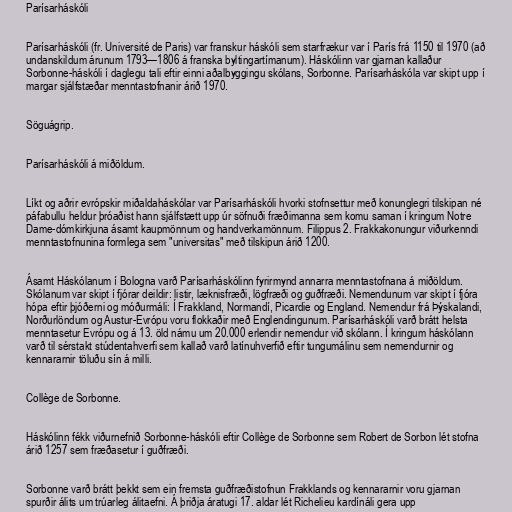
Parísarháskóli

Parísarháskóli (fr. Université de Paris) var franskur háskóli sem starfrækur var í París frá 1150 til 1970 (að
undanskildum árunum 1793—1806 á franska byltingartímanum). Háskólinn var gjarnan kallaður
Sorbonne-háskóli í daglegu tali eftir einni aðalbyggingu skólans, Sorbonne. Parísarháskóla var skipt upp í
margar sjálfstæðar menntastofnanir árið 1970.

Söguágrip.

Parísarháskóli á miðöldum.

Líkt og aðrir evrópskir miðaldaháskólar var Parísarháskóli hvorki stofnsettur með konunglegri tilskipan né
páfabullu heldur þróaðist hann sjálfstætt upp úr söfnuði fræðimanna sem komu saman í kringum Notre
Dame-dómkirkjuna ásamt kaupmönnum og handverkamönnum. Filippus 2. Frakkakonungur viðurkenndi
menntastofnunina formlega sem "universitas" með tilskipun árið 1200.

Ásamt Háskólanum í Bologna varð Parísarháskólinn fyrirmynd annarra menntastofnana á miðöldum.
Skólanum var skipt í fjórar deildir: listir, læknisfræði, lögfræði og guðfræði. Nemendunum var skipt í fjóra
hópa eftir þjóðerni og móðurmáli: Í Frakkland, Normandí, Picardie og England. Nemendur frá Þýskalandi,
Norðurlöndum og Austur-Evrópu voru flokkaðir með Englendingunum. Parísarháskóli varð brátt helsta
menntasetur Evrópu og á 13. öld námu um 20.000 erlendir nemendur við skólann. Í kringum háskólann
varð til sérstakt stúdentahverfi sem kallað varð latínuhverfið eftir tungumálinu sem nemendurnir og
kennararnir töluðu sín á milli.

Collège de Sorbonne.

Háskólinn fékk viðurnefnið Sorbonne-háskóli eftir Collège de Sorbonne sem Robert de Sorbon lét stofna
árið 1257 sem fræðasetur í guðfræði.

Sorbonne varð brátt þekkt sem ein fremsta guðfræðistofnun Frakklands og kennararnir voru gjarnan
spurðir álits um trúarleg álitaefni. Á þriðja áratugi 17. aldar lét Richelieu kardínáli gera upp